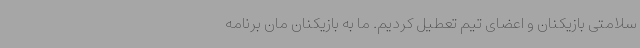
سلامتی بازیکنان و اعضای تیم تعطیل کردیم. ما به بازیکنان مان برنامه